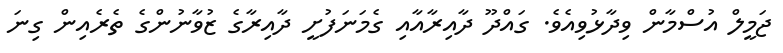
ޖަމީލް އުސްމާން ވިދާޅުވިއެވެ. ގައްދޫ ދާއިރާއާއި ގެމަނަފުށީ ދާއިރާގެ ޒުވާނުންގެ ތެރެއިން ގިނަ